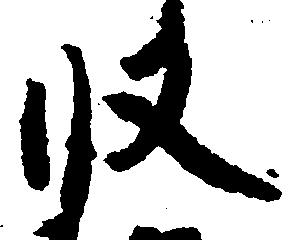
収